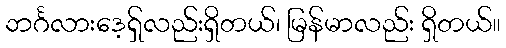
ဘင်္ဂလားဒေ့ရှ်လည်းရှိတယ်၊ မြန်မာလည်း ရှိတယ်။